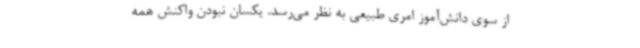
از سوی دانش‌آموز امری طبیعی به نظر می‌رسد. یکسان نبودن واکنش همه